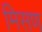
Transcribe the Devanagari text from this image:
मिसण